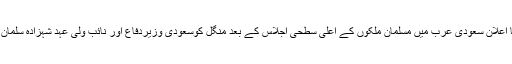
الشرق الاوسط کے مطابق اسلامی فوجی اتحاد کا اعلان سعودی عرب میں مسلمان ملکوں کے اعلیٰ سطحی اجلاس کے بعد منگل کوسعودی وزیردفاع اور نائب ولی عہد شہزادہ سلمان بن عبدالعزیز نے ایک پریس کانفرنس میں کیا ۔